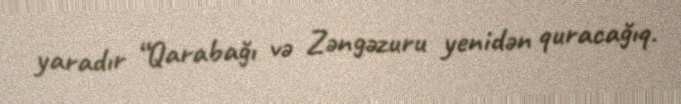
yaradır “Qarabağı və Zəngəzuru yenidən quracağıq.